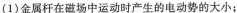
(1)金属种在磁场中运动时产生的电动势的大小；